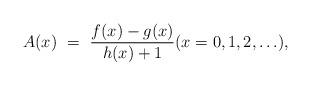
LaTeX: \begin{align*}A(x) \ = \ \frac{f(x) - g(x)}{h(x) + 1} (x = 0, 1, 2, \ldots),\end{align*}